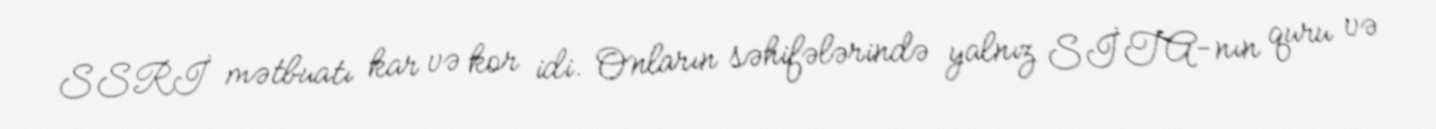
SSRİ mətbuatı kar və kor idi. Onların səhifələrində yalnız SİTA-nın quru və